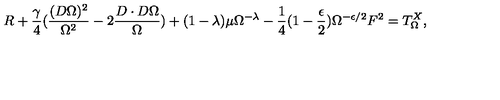
R + \frac { \gamma } { 4 } ( \frac { ( D \Omega ) ^ { 2 } } { \Omega ^ { 2 } } - 2 \frac { D \cdot D \Omega } { \Omega } ) + ( 1 - \lambda ) \mu \Omega ^ { - \lambda } - \frac { 1 } { 4 } ( 1 - \frac { \epsilon } { 2 } ) \Omega ^ { - \epsilon / 2 } F ^ { 2 } = T _ { \Omega } ^ { X } ,